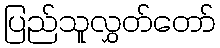
ပြည်သူလွှတ်တော်